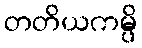
တတိယကမ္ပိ